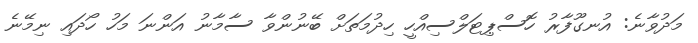
މަދުވާނެ: އުނގޫފާރު ހޮސްޕިޓަލްސިއްހީ ހިދުމަތަށް ބޭނުންވާ ސާމާނު އަންނަ މަހު ހޯދައި ނިމޭނެ